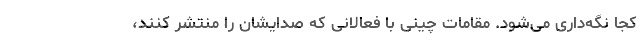
کجا نگه‌داری می‌شود. مقامات چینی با فعالانی که صدایشان را منتشر کنند،